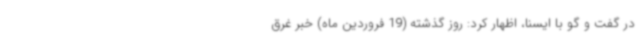
در گفت و گو با ایسنا، اظهار کرد: روز گذشته (19 فروردین ماه) خبر غرق